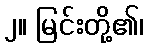
၂။ မြင်းတို့၏၊